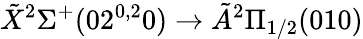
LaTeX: \tilde{X}{}^{2}\Sigma^{+}(02^{0,2}0)\rightarrow\tilde{A}{}^{2}\Pi_{1/2}(010)